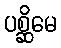
ပစ္ဆိမေ